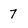
Character: 7